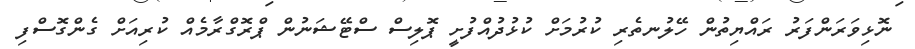
ނޮޅިވަރަންފަރު ރައްޔިތުން ހޭލުނތެރި ކުރުމަށް ކުޅުދުއްފުށީ ޕޮލިސް ސްޓޭޝަނުން ޕްރޮގްރާމެއް ކުރިއަށް ގެންގޮސްފި